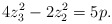
\begin{align*} 4z_{3}^{2} - 2z_{2}^{2} = 5p.\end{align*}